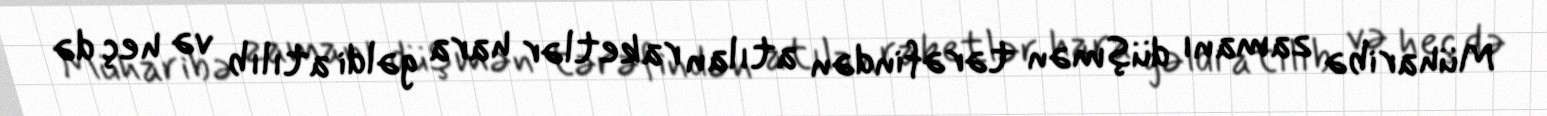
Müharibə zamanı düşmən tərəfindən atılan raketlər hara gəldi atılıb və heç də